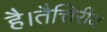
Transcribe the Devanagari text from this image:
है।तैत्तिरीय